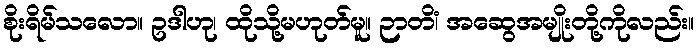
စိုးရိမ်သလော။ ဥဒါဟု၊ ထိုသို့မဟုတ်မူ။ ဉာတိံ၊ အဆွေအမျိုးတို့ကိုလည်း။